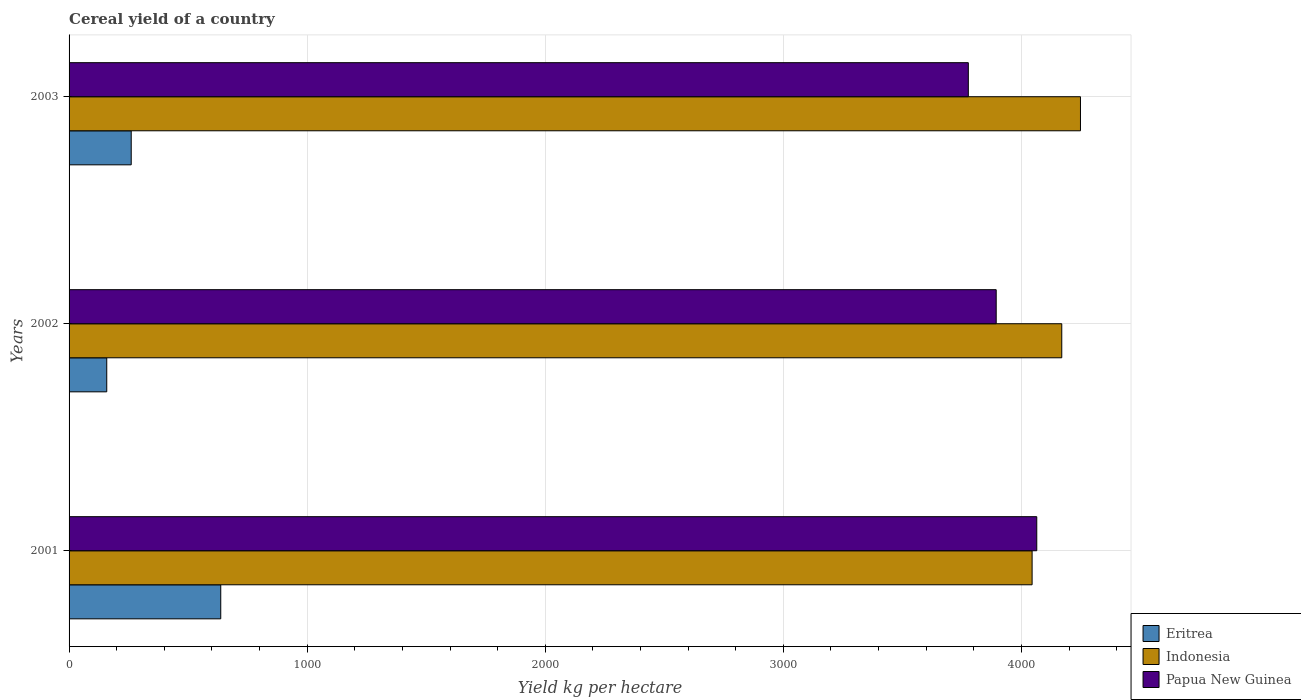
| Years | Eritrea | Indonesia | Papua New Guinea |
 | --- | --- | --- | --- |
 | 2001 | 637 | 4.04e+03 | 4.06e+03 |
 | 2002 | 158 | 4.17e+03 | 3.89e+03 |
 | 2003 | 261 | 4.25e+03 | 3.78e+03 |